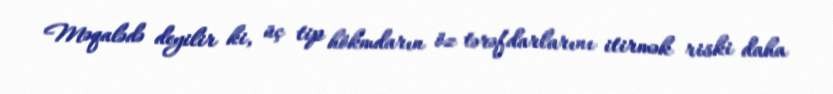
Məqalədə deyilir ki, üç tip hökmdarın öz tərəfdarlarını itirmək riski daha